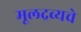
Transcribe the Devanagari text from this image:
मूलद्रव्यचे